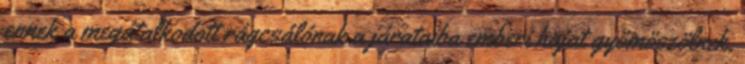
ennek a megátalkodott rágcsálónak a járataiba emberi hajat gyömöszölnek,